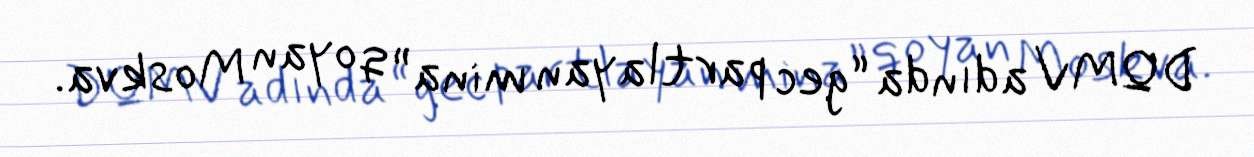
DQMV adında “gec partlayan mina” qoyan Moskva.